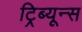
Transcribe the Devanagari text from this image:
ट्रिब्यून्स